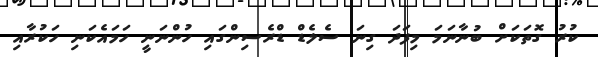
ކުރު ގޮތަކަށް ބުނާނަމަ މިފަދަ ގިނަ ސެލެޑް ޑްރެސިންގައި ހުންނަނީ ހަމައެކަނި ހަކުރާއި